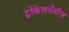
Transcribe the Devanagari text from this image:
ट्रॉकेलमेंथीज़